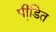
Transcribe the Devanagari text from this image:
पीडि़त